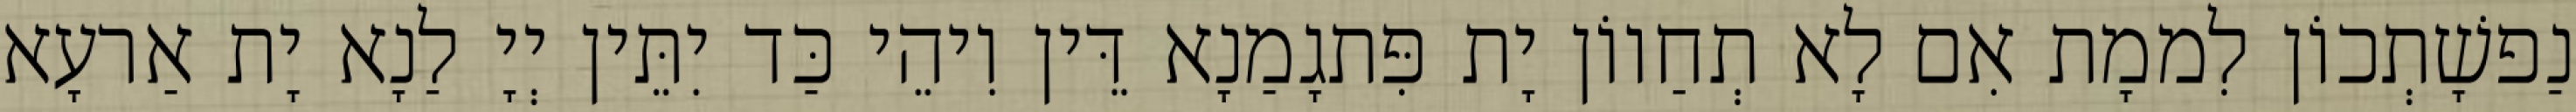
נַפשָׁתְכוֹן לִממָת אִם לָא תְחַווֹן יָת פִּתגָמַנָא דֵּין וִיהֵי כַּד יִתֵּין יְיָ לַנָא יָת אַרעָא